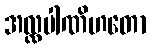
အလ္လပါဏိဟတော